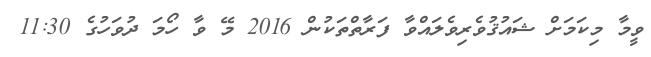
ވީމާ މިކަމަށް ޝައުޤުވެރިވެލައްވާ ފަރާތްތަކުން 2016 މޭ ވާ ހޯމަ ދުވަހުގެ 11:30